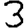
Digit: 3